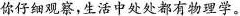
你仔细观察，生活中处处都有物理学。